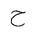
Letter: _ha